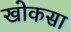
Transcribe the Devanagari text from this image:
खोकसा